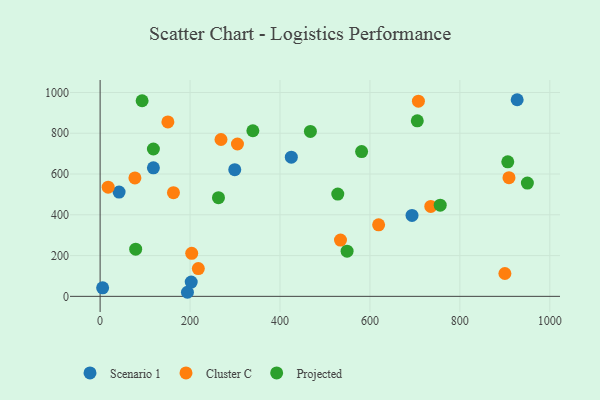
{"axis": {"x": "Study Hours", "y": "Demand"}, "legend": ["Cluster C", "Projected", "Scenario 1"], "data": [{"x": "927.4", "y": 964.5, "type": "Scenario 1"}, {"x": "299.4", "y": 621.4, "type": "Scenario 1"}, {"x": "5.6", "y": 42.0, "type": "Scenario 1"}, {"x": "693.6", "y": 396.8, "type": "Scenario 1"}, {"x": "425.2", "y": 682.9, "type": "Scenario 1"}, {"x": "194.2", "y": 20.0, "type": "Scenario 1"}, {"x": "118.5", "y": 630.4, "type": "Scenario 1"}, {"x": "202.6", "y": 70.1, "type": "Scenario 1"}, {"x": "42.2", "y": 511.4, "type": "Scenario 1"}, {"x": "735.3", "y": 441.1, "type": "Cluster C"}, {"x": "218.4", "y": 136.2, "type": "Cluster C"}, {"x": "534.5", "y": 275.9, "type": "Cluster C"}, {"x": "900.1", "y": 112.0, "type": "Cluster C"}, {"x": "305.4", "y": 747.3, "type": "Cluster C"}, {"x": "203.7", "y": 211.3, "type": "Cluster C"}, {"x": "77.4", "y": 580.8, "type": "Cluster C"}, {"x": "150.7", "y": 855.5, "type": "Cluster C"}, {"x": "909.2", "y": 581.9, "type": "Cluster C"}, {"x": "707.8", "y": 957.4, "type": "Cluster C"}, {"x": "268.8", "y": 769.4, "type": "Cluster C"}, {"x": "17.9", "y": 535.6, "type": "Cluster C"}, {"x": "163.1", "y": 508.6, "type": "Cluster C"}, {"x": "619.3", "y": 350.9, "type": "Cluster C"}, {"x": "93.4", "y": 959.5, "type": "Projected"}, {"x": "581.5", "y": 710.0, "type": "Projected"}, {"x": "118.5", "y": 722.7, "type": "Projected"}, {"x": "950.1", "y": 555.7, "type": "Projected"}, {"x": "79.1", "y": 231.5, "type": "Projected"}, {"x": "906.5", "y": 660.1, "type": "Projected"}, {"x": "705.3", "y": 861.2, "type": "Projected"}, {"x": "263.2", "y": 484.1, "type": "Projected"}, {"x": "549.2", "y": 221.4, "type": "Projected"}, {"x": "339.7", "y": 812.3, "type": "Projected"}, {"x": "528.5", "y": 501.9, "type": "Projected"}, {"x": "756.3", "y": 447.3, "type": "Projected"}, {"x": "467.6", "y": 809.0, "type": "Projected"}]}